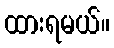
ထားရမယ်။